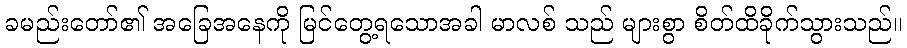
ခမည်းတော်၏ အခြေအနေကို မြင်တွေ့ရသောအခါ မာလစ် သည် များစွာ စိတ်ထိခိုက်သွားသည်။